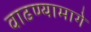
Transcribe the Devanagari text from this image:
वाढण्यामागे